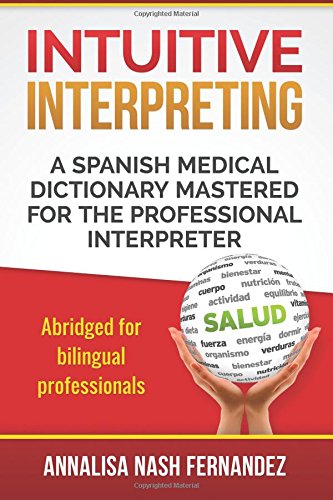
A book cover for Intuitive Interpreting: A Spanish Medical Dictionary Mastered for the Professional Interpreter; Annalisa Nash Fernandez; Reference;